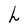
Character: h